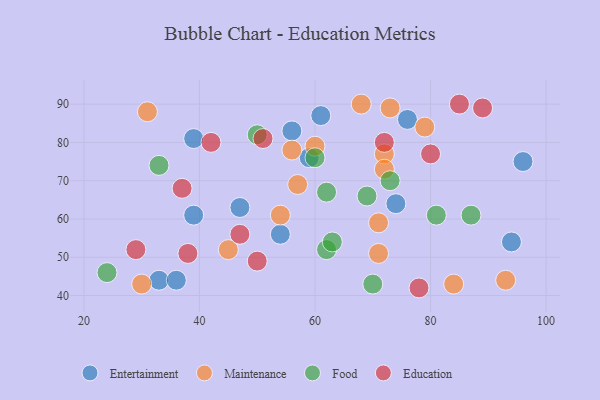
{"axis": {"x": "GDP", "y": "Life Expectancy"}, "legend": ["Education", "Entertainment", "Food", "Maintenance"], "data": [{"x": "76", "y": 86, "type": "Entertainment"}, {"x": "47", "y": 63, "type": "Entertainment"}, {"x": "96", "y": 75, "type": "Entertainment"}, {"x": "39", "y": 81, "type": "Entertainment"}, {"x": "94", "y": 54, "type": "Entertainment"}, {"x": "56", "y": 83, "type": "Entertainment"}, {"x": "61", "y": 87, "type": "Entertainment"}, {"x": "39", "y": 61, "type": "Entertainment"}, {"x": "33", "y": 44, "type": "Entertainment"}, {"x": "54", "y": 56, "type": "Entertainment"}, {"x": "59", "y": 76, "type": "Entertainment"}, {"x": "36", "y": 44, "type": "Entertainment"}, {"x": "74", "y": 64, "type": "Entertainment"}, {"x": "30", "y": 43, "type": "Maintenance"}, {"x": "71", "y": 59, "type": "Maintenance"}, {"x": "79", "y": 84, "type": "Maintenance"}, {"x": "57", "y": 69, "type": "Maintenance"}, {"x": "93", "y": 44, "type": "Maintenance"}, {"x": "84", "y": 43, "type": "Maintenance"}, {"x": "56", "y": 78, "type": "Maintenance"}, {"x": "73", "y": 89, "type": "Maintenance"}, {"x": "72", "y": 77, "type": "Maintenance"}, {"x": "31", "y": 88, "type": "Maintenance"}, {"x": "68", "y": 90, "type": "Maintenance"}, {"x": "72", "y": 73, "type": "Maintenance"}, {"x": "45", "y": 52, "type": "Maintenance"}, {"x": "54", "y": 61, "type": "Maintenance"}, {"x": "60", "y": 79, "type": "Maintenance"}, {"x": "71", "y": 51, "type": "Maintenance"}, {"x": "60", "y": 76, "type": "Food"}, {"x": "73", "y": 70, "type": "Food"}, {"x": "33", "y": 74, "type": "Food"}, {"x": "81", "y": 61, "type": "Food"}, {"x": "87", "y": 61, "type": "Food"}, {"x": "70", "y": 43, "type": "Food"}, {"x": "50", "y": 82, "type": "Food"}, {"x": "62", "y": 52, "type": "Food"}, {"x": "69", "y": 66, "type": "Food"}, {"x": "24", "y": 46, "type": "Food"}, {"x": "62", "y": 67, "type": "Food"}, {"x": "63", "y": 54, "type": "Food"}, {"x": "47", "y": 56, "type": "Education"}, {"x": "51", "y": 81, "type": "Education"}, {"x": "80", "y": 77, "type": "Education"}, {"x": "85", "y": 90, "type": "Education"}, {"x": "89", "y": 89, "type": "Education"}, {"x": "37", "y": 68, "type": "Education"}, {"x": "42", "y": 80, "type": "Education"}, {"x": "50", "y": 49, "type": "Education"}, {"x": "78", "y": 42, "type": "Education"}, {"x": "29", "y": 52, "type": "Education"}, {"x": "38", "y": 51, "type": "Education"}, {"x": "72", "y": 80, "type": "Education"}]}